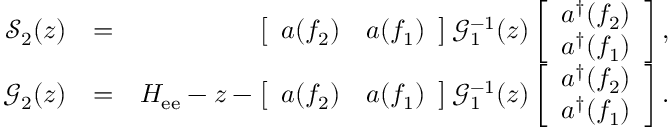
\begin{array} { r l r } { \mathcal { S } _ { 2 } ( z ) } & { = } & { \left[ \begin{array} { c c } { a \! \left( f _ { 2 } \right) } & { a \! \left( f _ { 1 } \right) } \end{array} \right] \mathcal { G } _ { 1 } ^ { - 1 } ( z ) \left[ \begin{array} { c } { a ^ { \dag } \! \left( f _ { 2 } \right) } \\ { a ^ { \dag } \! \left( f _ { 1 } \right) } \end{array} \right] , } \\ { \mathcal { G } _ { 2 } ( z ) } & { = } & { H _ { \mathrm { e e } } - z - \left[ \begin{array} { c c } { a \! \left( f _ { 2 } \right) } & { a \! \left( f _ { 1 } \right) } \end{array} \right] \mathcal { G } _ { 1 } ^ { - 1 } ( z ) \left[ \begin{array} { c } { a ^ { \dag } \! \left( f _ { 2 } \right) } \\ { a ^ { \dag } \! \left( f _ { 1 } \right) } \end{array} \right] . } \end{array}